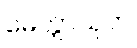
မေတ္တာသုတ်